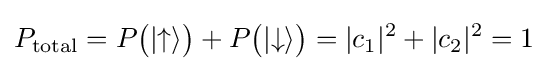
P_{\text{total}}=P{\big (}|{\uparrow }\rangle {\big )}+P{\big (}|{\downarrow }\rangle {\big )}=|c_{1}|^{2}+|c_{2}|^{2}=1